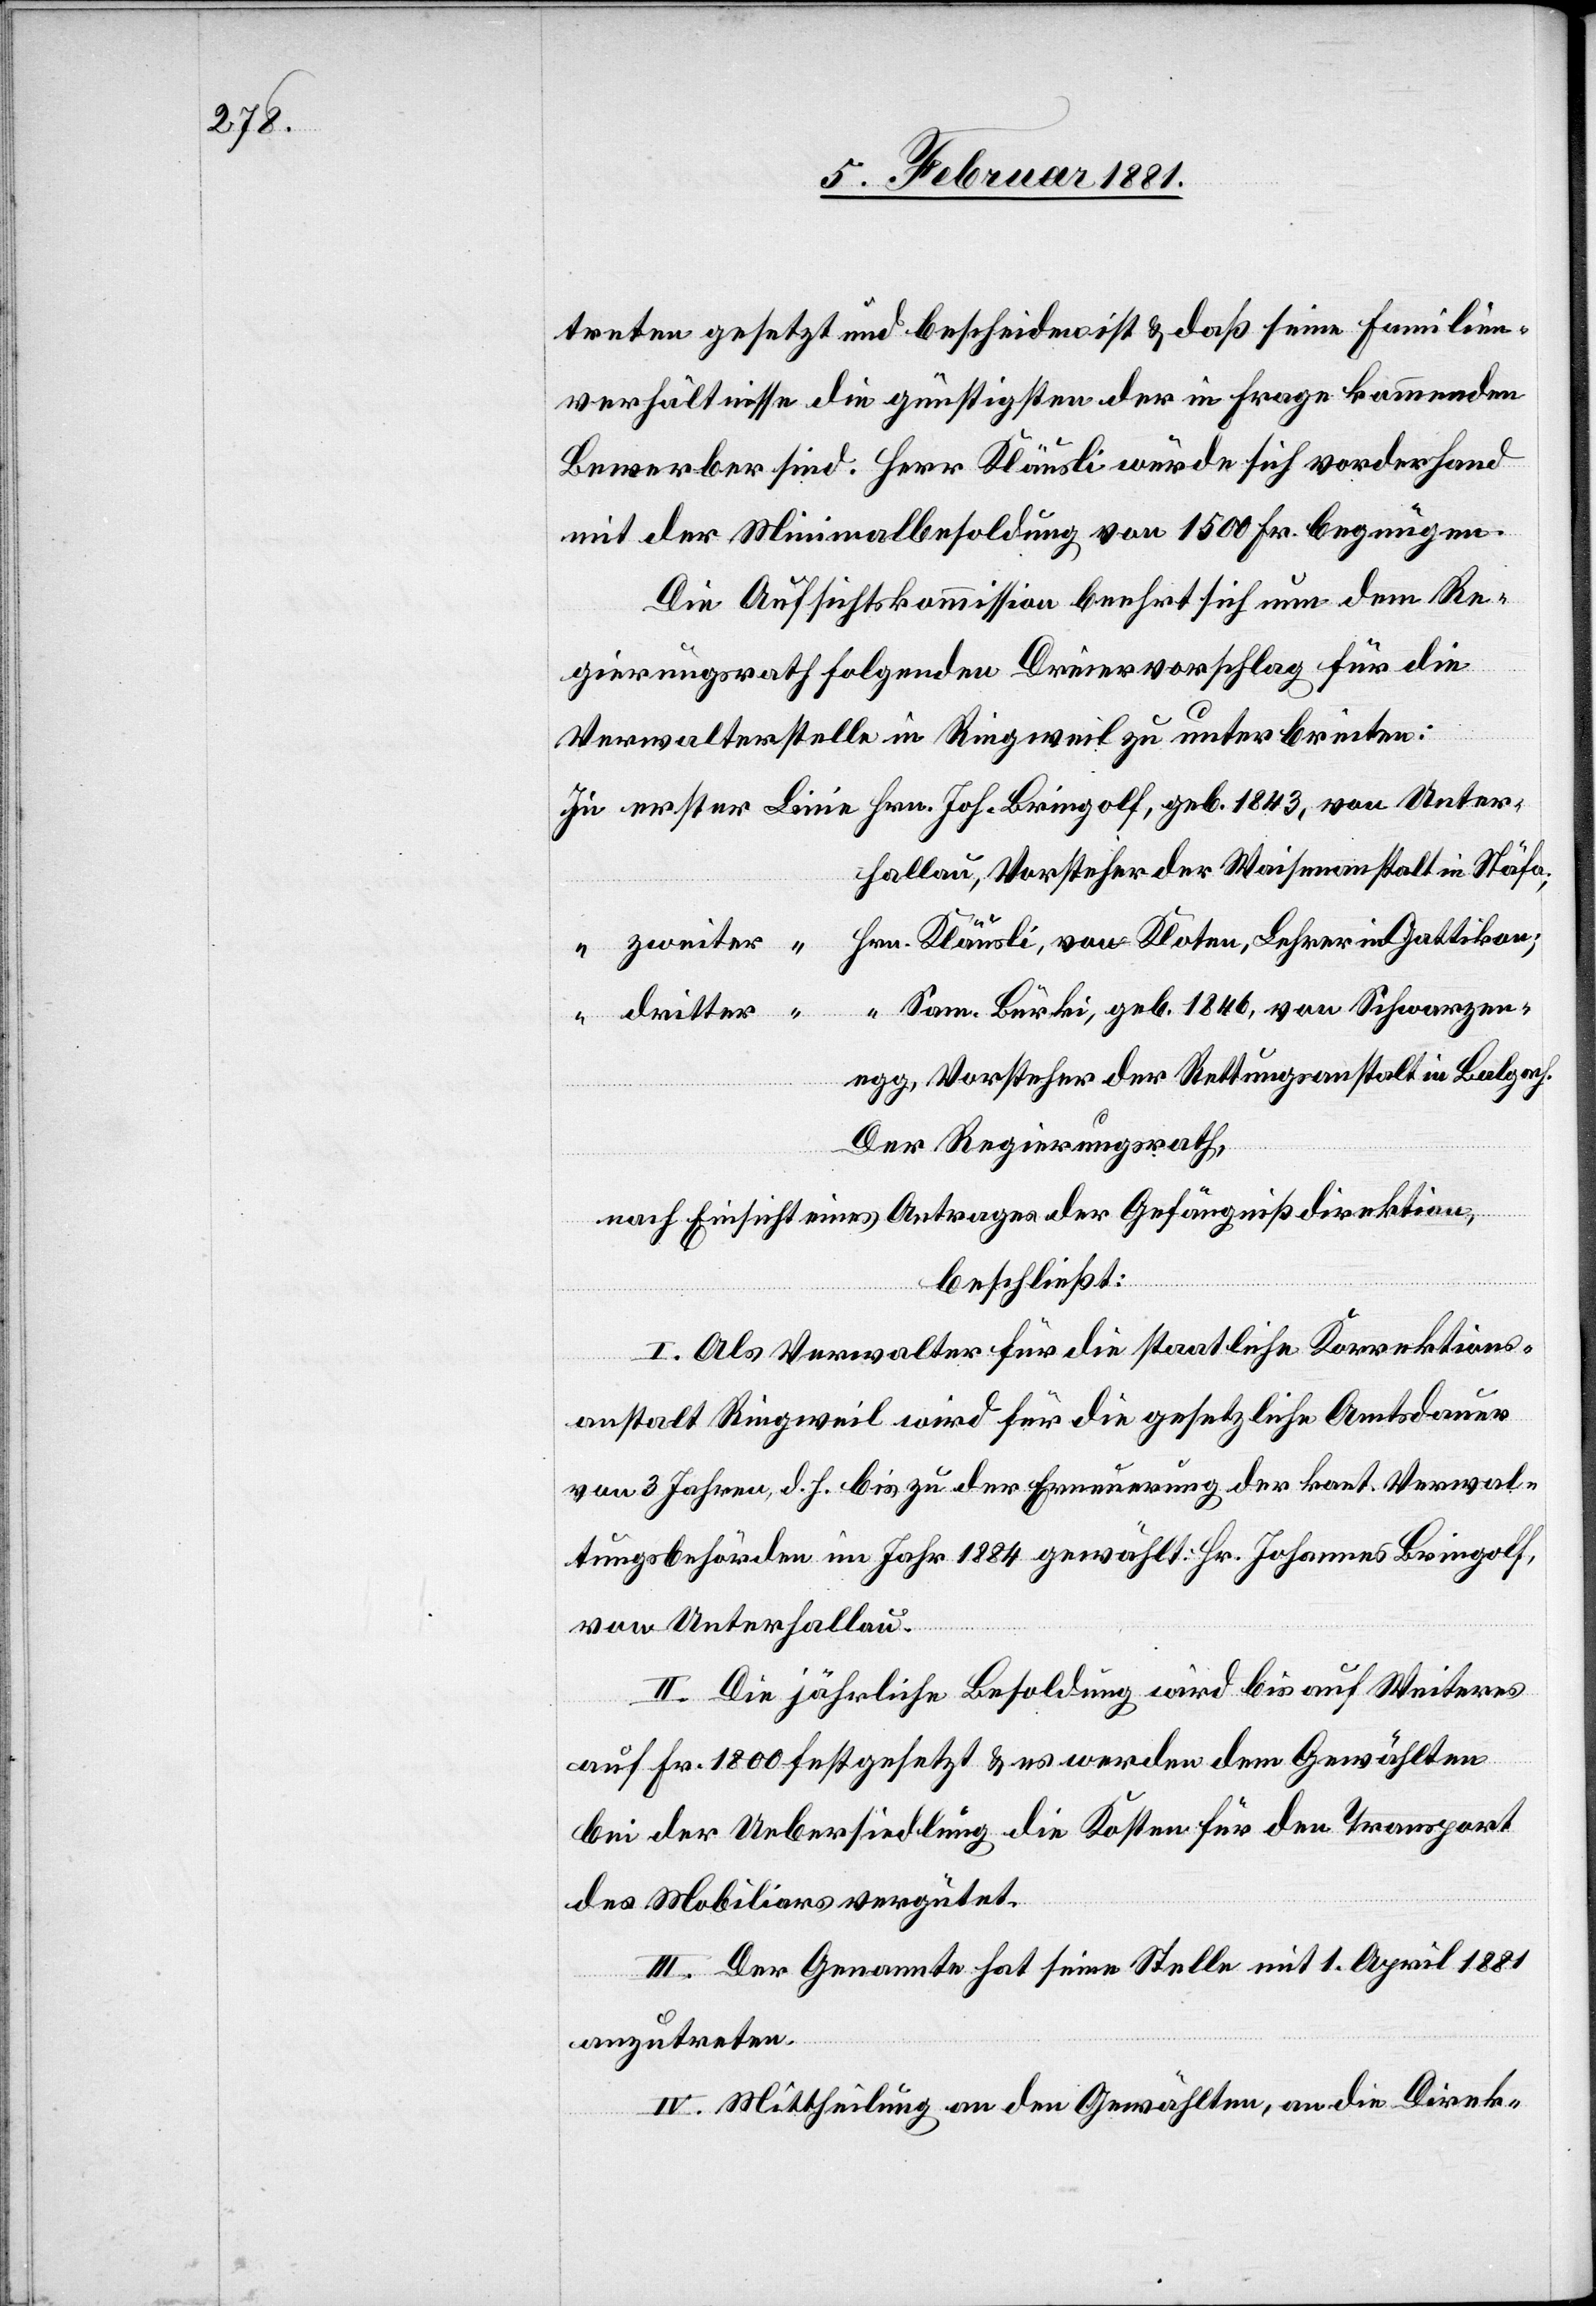
treten gesetzt und bescheiden ist & daß seine Familien¬
verhältnisse die günstigsten der in Frage kommenden
Bewerber sind. Herr Kläusli würde sich vorderhand
mit der Minimalbesoldung von 1500 Fr. begnügen.
Die Aufsichtskommission beehrt sich um dem Re¬
gierungsrath folgenden Dreiervorschlag für die
Verwalterstelle in Ringweil zu unterbreiten:
hallau, Vorsteher der Waisenanstalt in Stäfa;
“ Sam. Bürki, geb. 1846, von Schwarzen¬
in
dritter
egg, Vorsteher der Rettungsanstalt in Balgach.
Der Regierungsrath,
nach Einsicht eines Antrages der Gefängnißdirektion,
beschließt:
I. Als Verwalter für die staatliche Korrektions-a¬
nstalt Ringweil wird für die gesetzliche Amtsdauer
von 3 Jahren, d. h. bis zu der Erneuerung der kant. Verwal¬
tungsbehörden im Jahr 1884 gewählt: Hr. Johannes Bringolf,
von Unterhallau.
II. Die jährliche Besoldung wird bis auf Weiteres
auf Fr. 1800 festgesetzt & es werden dem Gewählten
bei der Uebersiedlung die Kosten für den Transport
des Mobiliars vergütet.
III. Der Genannte hat seine Stelle mit 1. April 1881
anzutreten.
IV. Mittheilung an den Gewählten, an die Direk-